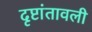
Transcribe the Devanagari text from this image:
दृष्टांतावली